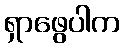
ရှာဖွေပါက